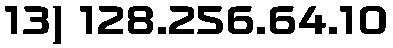
13) 128.256.64.10